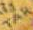
TAR